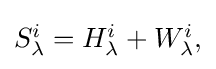
{\textstyle S_{\lambda }^{i}=H_{\lambda }^{i}+W_{\lambda }^{i},}